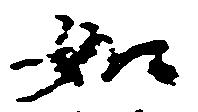
如